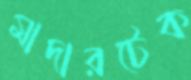
মাদারটেক